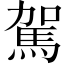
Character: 駕